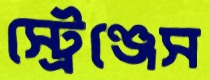
স্ট্রেঞ্জেস